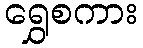
ရွှေစကား